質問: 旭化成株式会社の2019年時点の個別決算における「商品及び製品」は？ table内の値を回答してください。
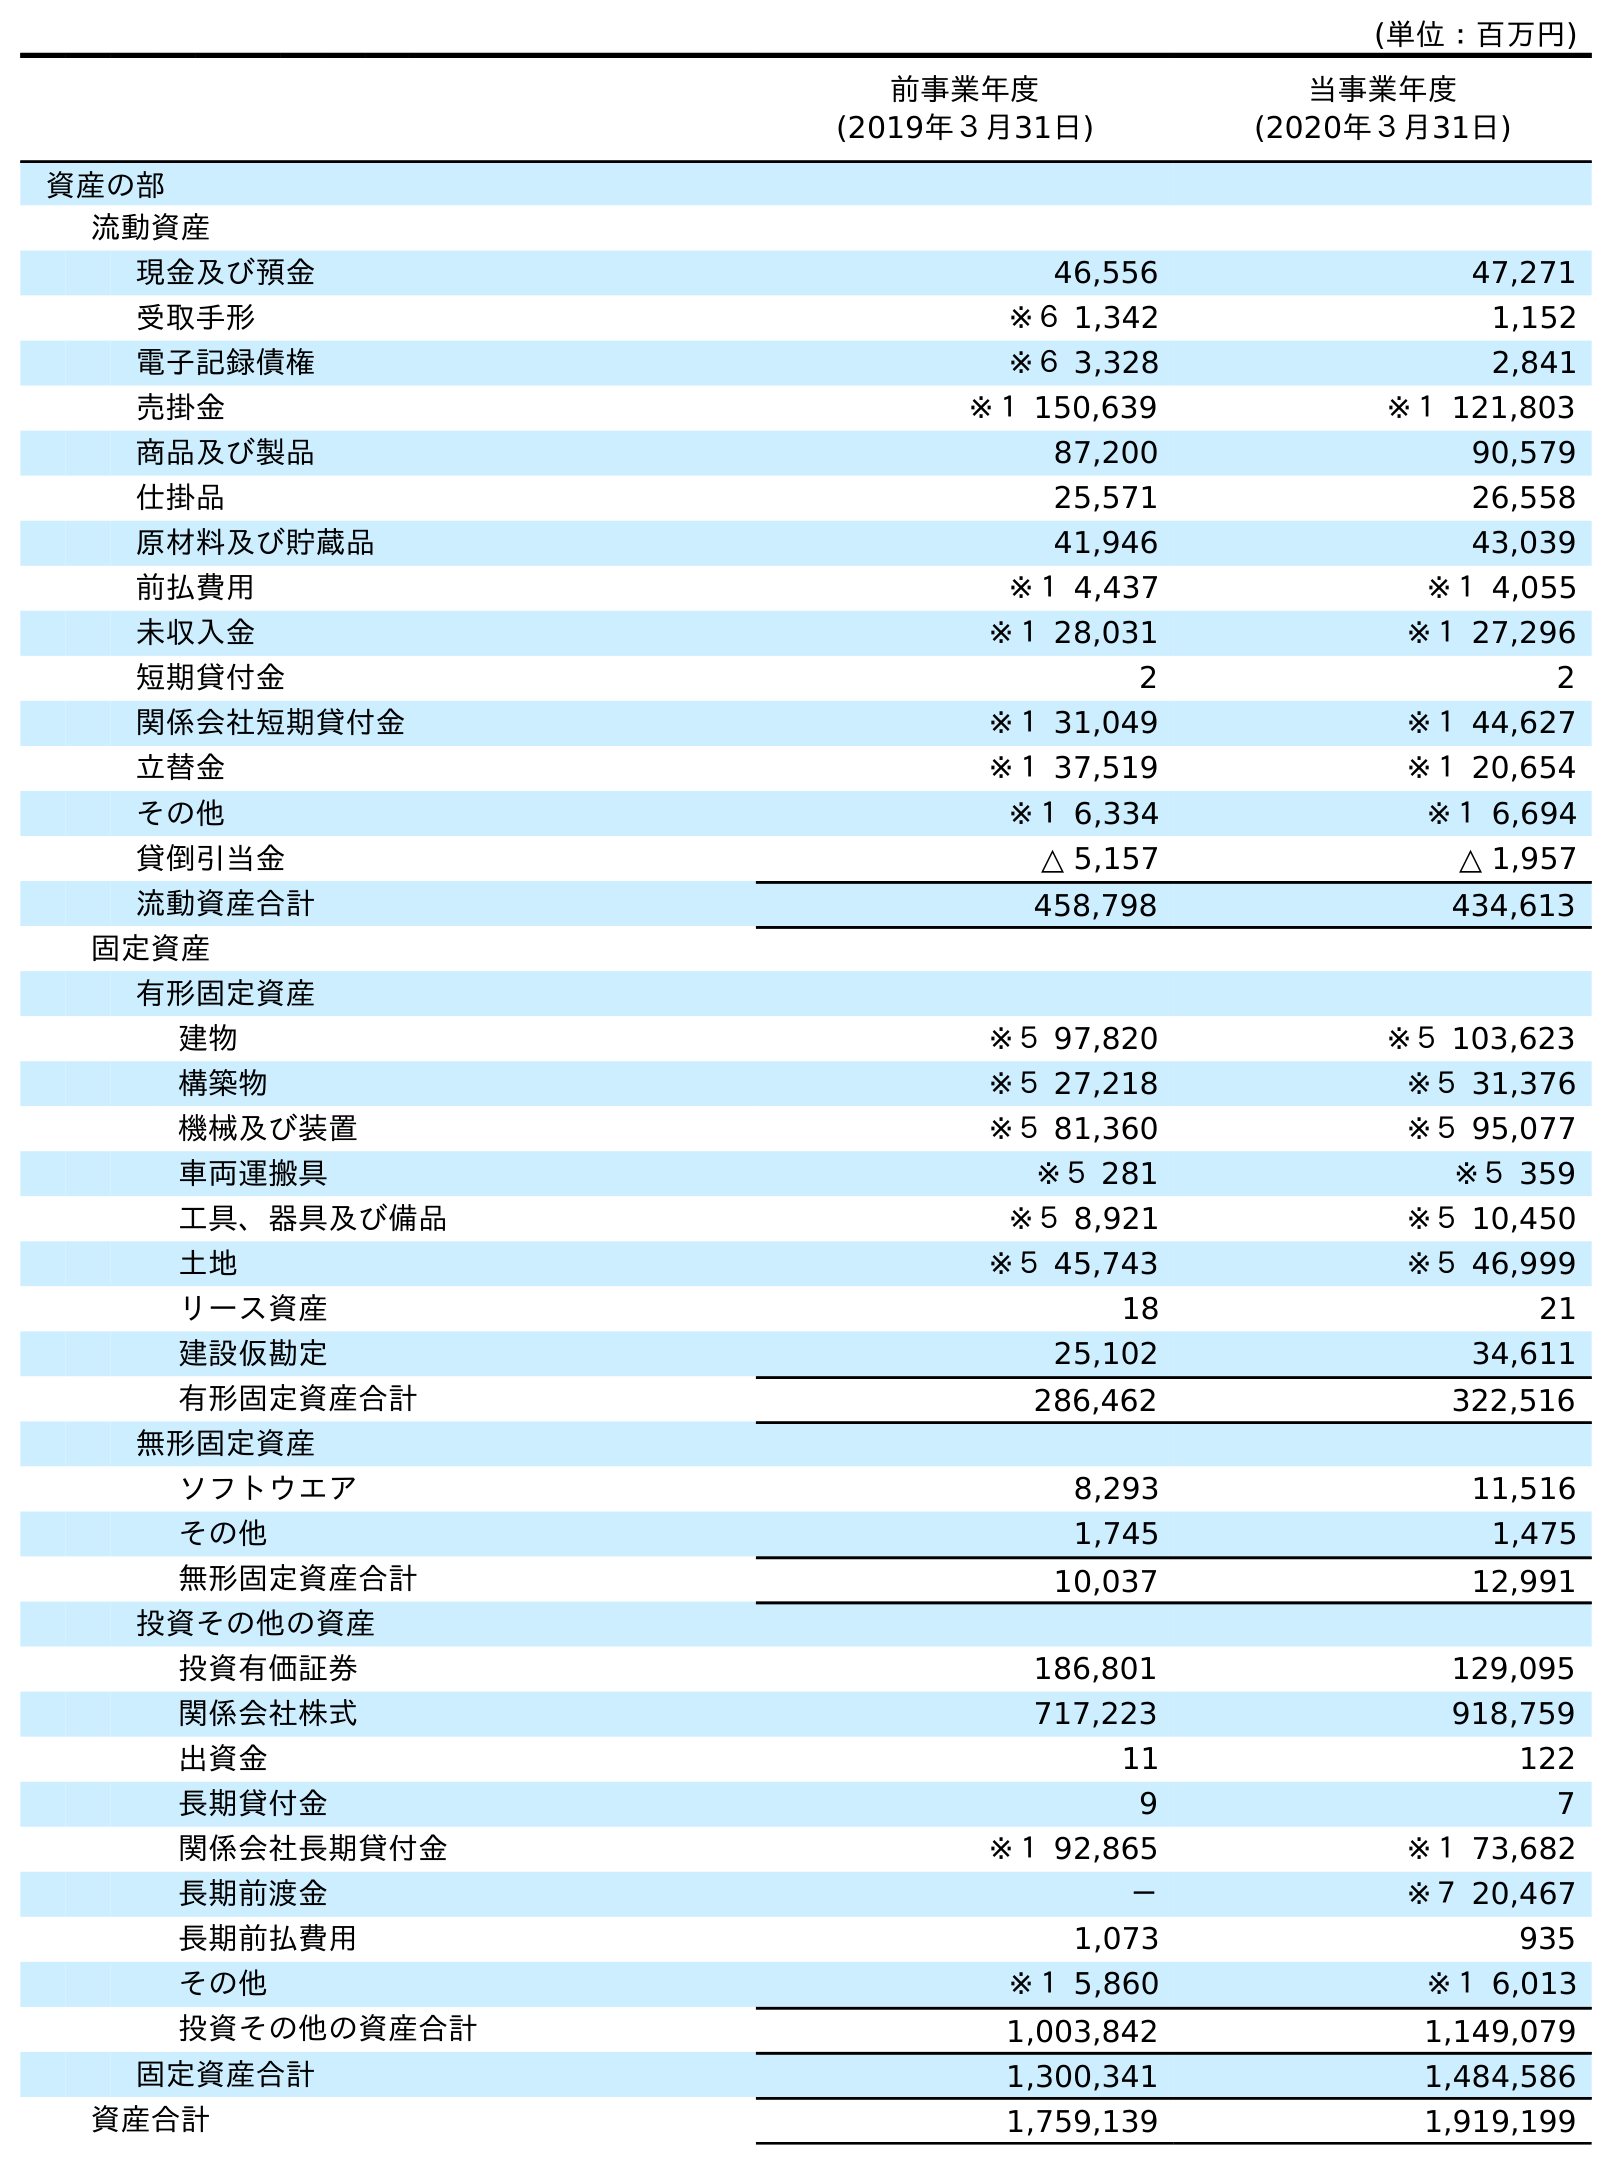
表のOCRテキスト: (単位：百万円) 前事業年度 (2019年３月31日) 当事業年度 (2020年３月31日) 資産の部 流動資産 現金及び預金 46,556 47,271 受取手形 ※６ 1,342 1,152 電子記録債権 ※６ 3,328 2,841 売掛金 ※１ 150,639 ※１ 121,803 商品及び製品 87,200 90,579 仕掛品 25,571 26,558 原材料及び貯蔵品 41,946 43,039 前払費用 ※１ 4,437 ※１ 4,055 未収入金 ※１ 28,031 ※１ 27,296 短期貸付金 2 2 関係会社短期貸付金 ※１ 31,049 ※１ 44,627 立替金 ※１ 37,519 ※１ 20,654 その他 ※１ 6,334 ※１ 6,694 貸倒引当金 △ 5,157 △ 1,957 流動資産合計 458,798 434,613 固定資産 有形固定資産 建物 ※５ 97,820 ※５ 103,623 構築物 ※５ 27,218 ※５ 31,376 機械及び装置 ※５ 81,360 ※５ 95,077 車両運搬具 ※５ 281 ※５ 359 工具、器具及び備品 ※５ 8,921 ※５ 10,450 土地 ※５ 45,743 ※５ 46,999 リース資産 18 21 建設仮勘定 25,102 34,611 有形固定資産合計 286,462 322,516 無形固定資産 ソフトウエア 8,293 11,516 その他 1,745 1,475 無形固定資産合計 10,037 12,991 投資その他の資産 投資有価証券 186,801 129,095 関係会社株式 717,223 918,759 出資金 11 122 長期貸付金 9 7 関係会社長期貸付金 ※１ 92,865 ※１ 73,682 長期前渡金 － ※７ 20,467 長期前払費用 1,073 935 その他 ※１ 5,860 ※１ 6,013 投資その他の資産合計 1,003,842 1,149,079 固定資産合計 1,300,341 1,484,586 資産合計 1,759,139 1,919,199
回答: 87,200